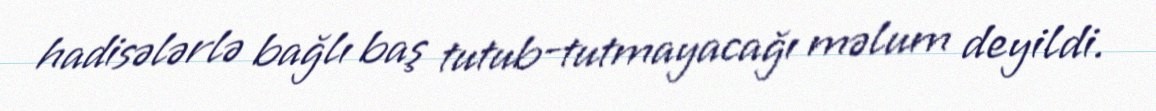
hadisələrlə bağlı baş tutub-tutmayacağı məlum deyildi.